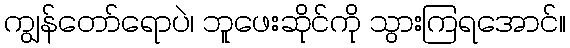
ကျွန်တော်ရောပဲ၊ ဘူဖေးဆိုင်ကို သွားကြရအောင်။